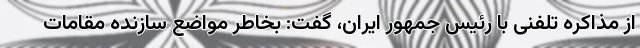
از مذاکره تلفنی با رئیس جمهور ایران، گفت: بخاطر مواضع سازنده مقامات